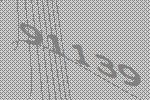
91139